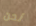
نحن